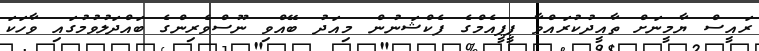
ރައީސް ޔާމީނަށް ތާއީދުކުރައްވާ ޕީޕީއެމްގެ ފެކްޝަނުން މިއަދު ބޭއްވި ނޫސްވެރިންގެ ބައްދަލުވުމުގައި ވާހަކަ